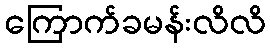
ကြောက်ခမန်းလိလိ